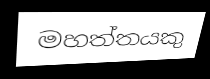
මහත්තයකු